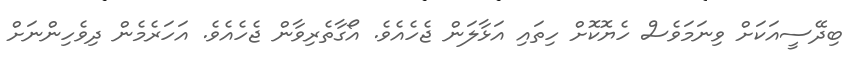
ބިދޭސީއަކަށް ވިނަަމަވެސް ހެޔޮކޮށް ހިތައި އަޅާލަން ޖެހެއެވެ. އޯގާތެރިވާން ޖެހެއެވެ. އަހަރެެމެން ދިވެހިންނަށް